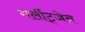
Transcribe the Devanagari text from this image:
गर्लीट्जेन